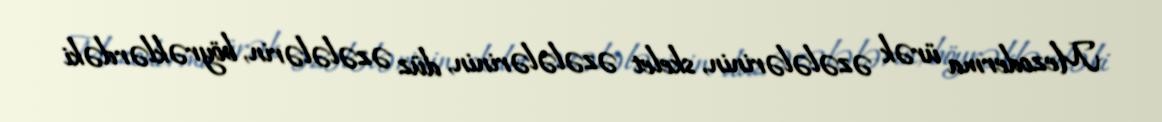
Mezoderma ürək əzələlərinin, skelet əzələlərinin, düz əzələlərin, böyrəklərdəki